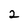
Character: 2